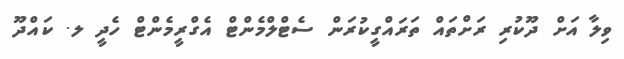
ވިލާ އަށް ދޫކުރި ރަށްތައް ތަރައްގީކުރަން ސެޓްލްމެންޓް އެގްރީމެންޓް ހެދީ ލ. ކައްދޫ